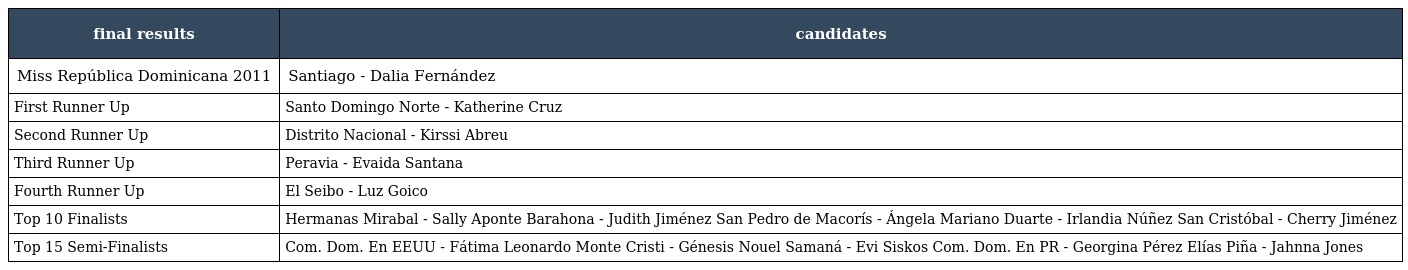
| final results | candidates |
 | --- | --- |
 | Miss República Dominicana 2011 | Santiago - Dalia Fernández |
 | First Runner Up | Santo Domingo Norte - Katherine Cruz |
 | Second Runner Up | Distrito Nacional - Kirssi Abreu |
 | Third Runner Up | Peravia - Evaida Santana |
 | Fourth Runner Up | El Seibo - Luz Goico |
 | Top 10 Finalists | Hermanas Mirabal - Sally Aponte Barahona - Judith Jiménez San Pedro de Macorís - Ángela Mariano Duarte - Irlandia Núñez San Cristóbal - Cherry Jiménez |
 | Top 15 Semi-Finalists | Com. Dom. En EEUU - Fátima Leonardo Monte Cristi - Génesis Nouel Samaná - Evi Siskos Com. Dom. En PR - Georgina Pérez Elías Piña - Jahnna Jones |